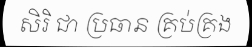
សិរិ ជា ប្រធាន គ្រប់គ្រង